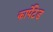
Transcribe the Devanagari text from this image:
कार्पेटेड